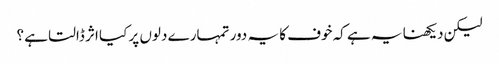
لیکن دیکھنا یہ ہے کہ خوف کا یہ دور تمہارے دلوں پر کیا اثر ڈالتا ہے ؟